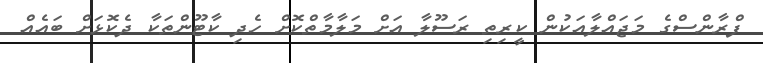
ފްރާންސްގެ މަޖައްލާއަކުން ކީރިތި ރަސޫލާ އަށް މަލާމާތްކޮށް ހެދި ކާޓޫންތަކާ ދެކޮޅަށް ބައެއް